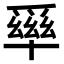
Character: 𤔭